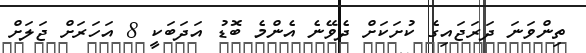
ތިންވަނަ ދަރަޖައިގެ ކުށަކަށް ދެވޭނެ އެންމެ ބޮޑު އަދަބަކީ 8 އަހަރަށް ޖަލަށް